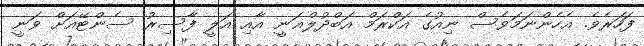
ފަހަރެވެ. އެހެންނަމަވެސް ނިއުގެ އަކްރަމް އަބްދުލްޣަނީ އާއި އަލީ ފާސިރު ސެންޓޭއަށް ވަނީ